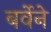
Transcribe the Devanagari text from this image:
बर्वेने